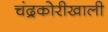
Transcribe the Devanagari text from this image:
चंद्रकोरीखाली